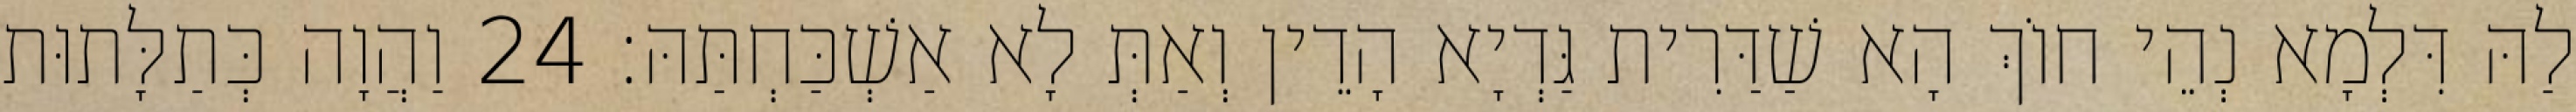
לַהּ דִּלְמָא נְהֵי חוֹךְ הָא שַׁדַּרִית גַּדְיָא הָדֵין וְאַתְּ לָא אַשְׁכַּחְתַּהּ׃ 24 וַהֲוָה כְּתַלָּתוּת